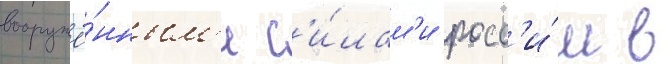
вооружё́нным'и с'и́лам'и росс'и́и в